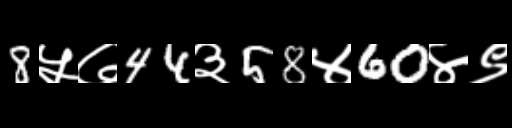
Text: 8५७44३58४60४९